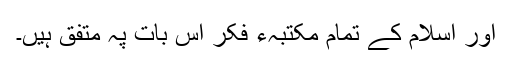
اور اسلام کے تمام مکتبہء فکر اس بات پہ متفق ہیں۔